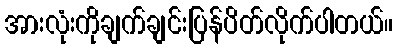
အားလုံးကိုချက်ချင်းပြန်ပိတ်လိုက်ပါတယ်။